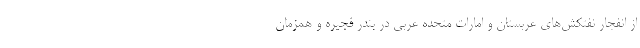
از انفجار نفتکش‌های عربستان و امارات متحده عربی در بندر فجیره و همزمان